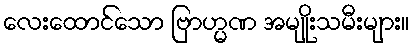
လေးထောင်သော ဗြာဟ္မဏ အမျိုးသမီးများ။